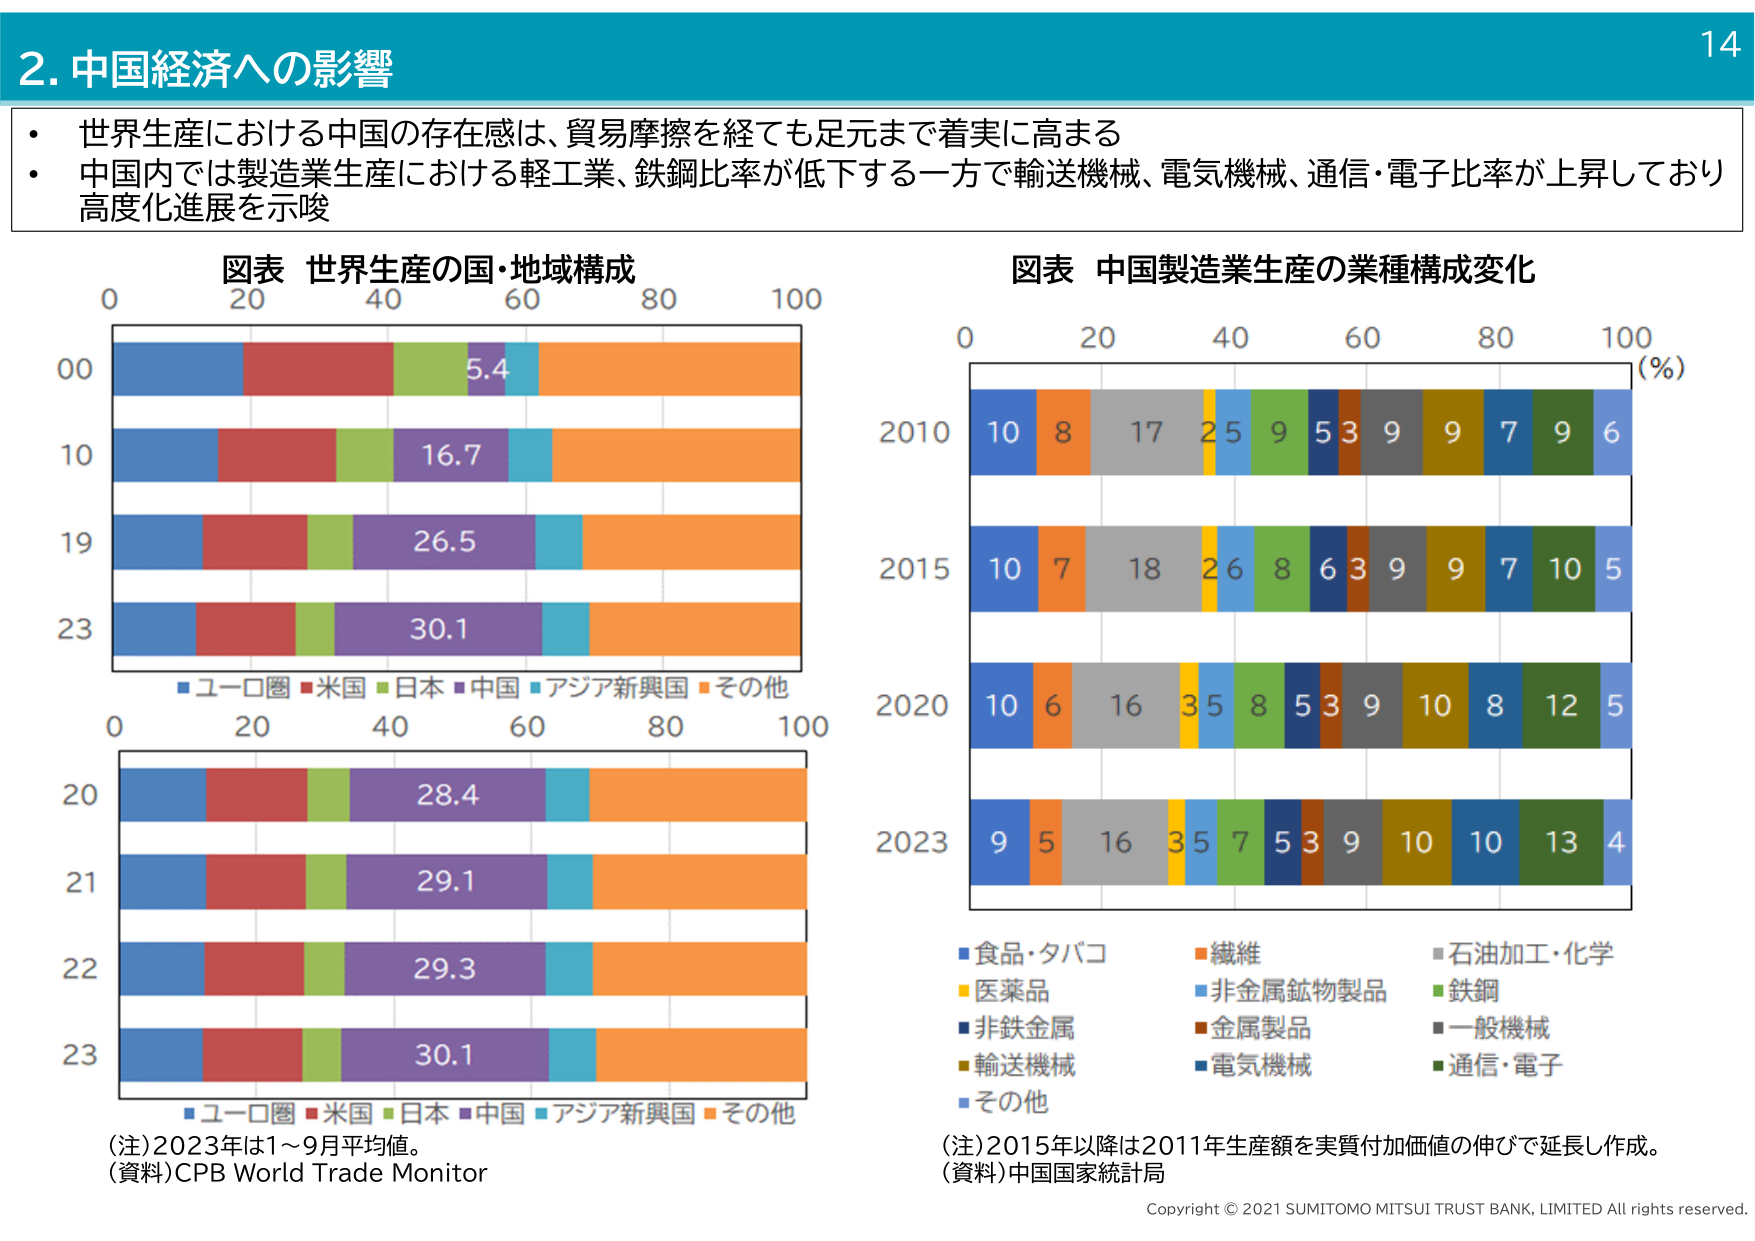
2. 中国経済への影響

・世界生産における中国の存在感は、貿易摩擦を経ても足元まで着実に高まる
・中国内では製造業生産における軽工業、鉄鋼比率が低下する一方で輸送機械、電気機械、通信・電子比率が上昇しており高度化進展を示唆

図表 世界生産の国・地域構成
0 20 40 60 80 100
00
10
19
23
5.4
16.7
26.5
30.1
■ユーロ圏 ■米国 ■日本 ■中国 ■アジア新興国 ■その他
0 20 40 60 80 100
20
21
22
23
28.4
29.1
29.3
30.1
■ユーロ圏 ■米国 ■日本 ■中国 ■アジア新興国 ■その他
(注)2023年は1～9月平均値。
(資料)CPB World Trade Monitor

図表 中国製造業生産の業種構成変化
0 20 40 60 80 100 (%)
2010
10 8 17 25 9 5 3 9 9 7 9 6
2015
10 7 18 26 8 6 3 9 9 7 10 5
2020
10 6 16 35 8 5 3 9 10 8 12 5
2023
9 5 16 35 7 5 3 9 10 10 13 4
■食品・タバコ ■繊維 ■石油加工・化学
■医薬品 ■非金属鉱物製品 ■鉄鋼
■非鉄金属 ■金属製品 ■一般機械
■輸送機械 ■電気機械 ■通信・電子
■その他
(注)2015年以降は2011年生産額を実質付加価値の伸びで延長し作成。
(資料)中国国家統計局

Copyright © 2021 SUMITOMO MITSUI TRUST BANK, LIMITED All rights reserved.
14